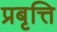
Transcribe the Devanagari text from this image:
प्रबृत्ति